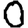
Digit: 0